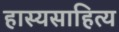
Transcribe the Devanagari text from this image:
हास्यसाहित्य